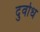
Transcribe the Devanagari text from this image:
दुर्वोध